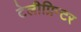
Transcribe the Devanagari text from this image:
टेलीप्रिन्टर